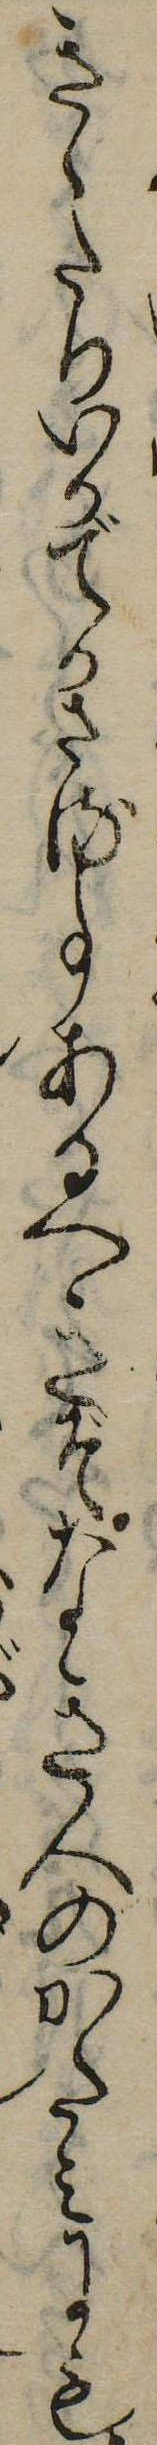
きゝたりいかでかさる事あるへきぞなき人のかたみにも